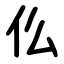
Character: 仫